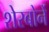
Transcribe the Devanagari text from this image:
शेरबोर्ने